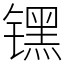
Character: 𬭶